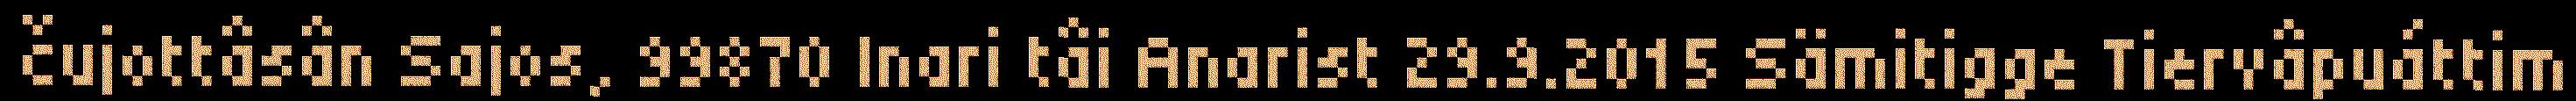
čujottâsân Sajos, 99870 Inari tâi Anarist 29.9.2015 Sämitigge Tiervâpuáttim